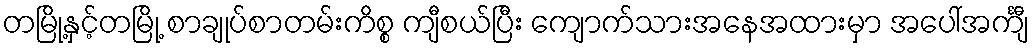
တမြို့နှင့်တမြို့ စာချုပ်စာတမ်းကိစ္စ ကျီစယ်ပြီး ကျောက်သားအနေအထားမှာ အပေါ်အင်္ကျီ